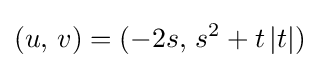
(u,\,v)=(-2s,\,s^{2}+t\,|t|)